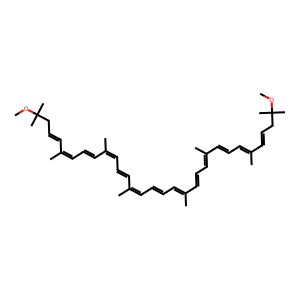
SMILES: COC(C)(C)CC=CC(C)=CC=CC(C)=CC=CC(C)=CC=CC=C(C)C=CC=C(C)C=CC=C(C)C=CCC(C)(C)OC
Inhibits HIV replication: No